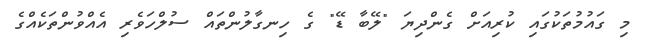
މި ގައުމުތަކުގައި ކުރިއަށް ގެންދިޔަ "ލޭބާ ޑޭ" ގެ ހިނގާލުންތައް ސުލްހަވެރި އެއްވުންތަކެއްގެ